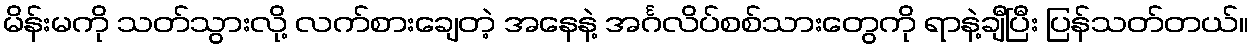
မိန်းမကို သတ်သွားလို့ လက်စားချေတဲ့ အနေနဲ့ အင်္ဂလိပ်စစ်သားတွေကို ရာနဲ့ချီပြီး ပြန်သတ်တယ်။